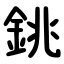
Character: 銚